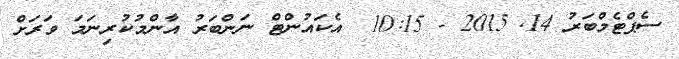
ސެޕްޓެމްބަރު 14